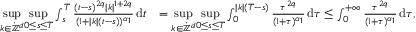
\begin{array} { r l } { \underset { k \in \dot { \mathbb Z } ^ { d } } { \operatorname* { s u p } } \underset { 0 \leq s \leq T } { \operatorname* { s u p } } \int _ { s } ^ { T } \frac { ( t - s ) ^ { 2 q } \vert k \vert ^ { 1 + 2 q } } { ( 1 + \vert k \vert ( t - s ) ) ^ { \alpha _ { 1 } } } \, \mathrm { d } t } & { = \underset { k \in \dot { \mathbb Z } ^ { d } } { \operatorname* { s u p } } \underset { 0 \leq s \leq T } { \operatorname* { s u p } } \int _ { 0 } ^ { \vert k \vert ( T - s ) } \frac { \tau ^ { 2 q } } { ( 1 + \tau ) ^ { \alpha _ { 1 } } } \, \mathrm { d } \tau \leq \int _ { 0 } ^ { + \infty } \frac { \tau ^ { 2 q } } { ( 1 + \tau ) ^ { \alpha _ { 1 } } } \, \mathrm { d } \tau , } \end{array}